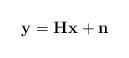
LaTeX: \begin{align*}\mathbf{y} = \mathbf{H}\mathbf{x} + \mathbf{n}\end{align*}